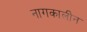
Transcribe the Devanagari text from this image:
नागकालीन